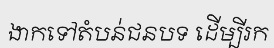
ងាកទៅតំបន់ជនបទ ដើម្បីរក